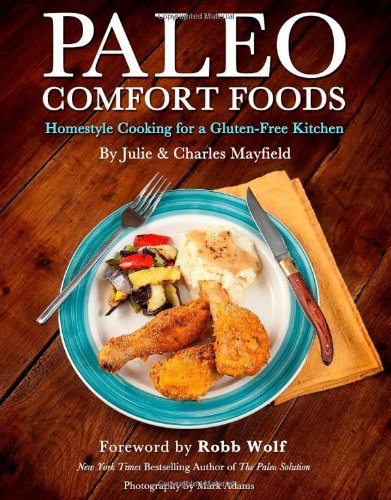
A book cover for Paleo Comfort Foods: Homestyle Cooking for a Gluten-Free Kitchen; Julie Sullivan Mayfield; Cookbooks, Food & Wine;